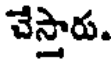
చేస్తారు.